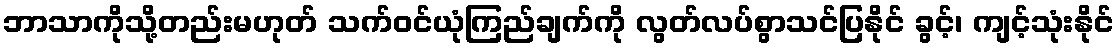
ဘာသာကိုသို့တည်းမဟုတ် သက်ဝင်ယုံကြည်ချက်ကို လွတ်လပ်စွာသင်ပြနိုင် ခွင့်၊ ကျင့်သုံးနိုင်